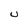
Character: U